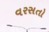
વરસતો